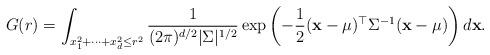
LaTeX: \begin{align*}G(r)=\int_{x_1^2+\cdots +x_d^2 \leq r^2}\frac{1}{(2\pi)^{d/2}|\Sigma|^{1/2}}\exp\left( -\frac{1}{2}(\mathbf x-\mathbf\mu)^\top\Sigma^{-1}(\mathbf x-\mathbf\mu)\right)d\mathbf x.\end{align*}